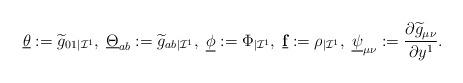
LaTeX: \begin{align*} \underline{\theta}:=\widetilde{g}_{01}{_{|\mathcal{I}^1}},\;\underline{\Theta}_{ab}:= \widetilde{g}_{ab}{_{|\mathcal{I}^1}} ,\;\underline{\phi}:= \Phi_{|\mathcal{I}^1},\;\textbf{\underline{f}}:=\rho_{|\mathcal{I}^1},\;\underline{\psi}_{\mu\nu}:= \frac{\partial\widetilde{g}_{\mu\nu}}{\partial y^1}.\end{align*}